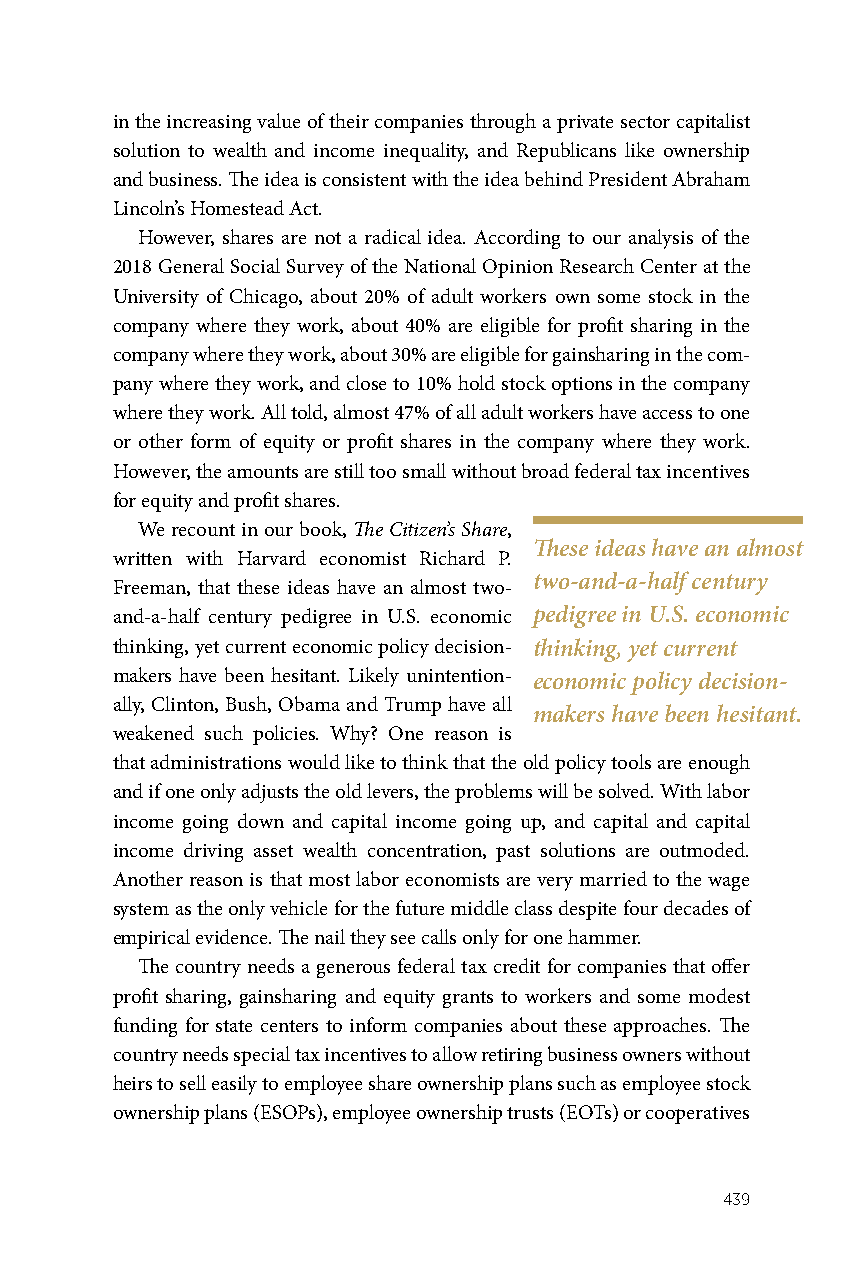
in the increasing value of their companies through a private sector capitalist
 solution to wealth and income inequality, and Republicans like ownership
 and business. The idea is consistent with the idea behind President Abraham
 Lincoln’s Homestead Act.
 However, shares are not a radical idea. According to our analysis of the
 2018 General Social Survey of the National Opinion Research Center at the
 University of Chicago, about 20% of adult workers own some stock in the
 company where they work, about 40% are eligible for profit sharing in the
 company where they work, about 30% are eligible for gainsharing in the com-
 pany where they work, and close to 10% hold stock options in the company
 where they work. All told, almost 47% of all adult workers have access to one
 or other form of equity or profit shares in the company where they work.
 However, the amounts are still too small without broad federal tax incentives
 for equity and profit shares.
 We recount in our book, The Citizen’s Share,
 These ideas have an almost
 written with Harvard economist Richard P.
 two-and-a-half century
 Freeman, that these ideas have an almost two-
 and-a-half century pedigree in U.S. economic pedigree in U.S. economic
 thinking, yet current economic policy decision- thinking, yet current
 makers have been hesitant. Likely unintention- economic policy decision-
 ally, Clinton, Bush, Obama and Trump have all
 makers have been hesitant.
 weakened such policies. Why? One reason is
 that administrations would like to think that the old policy tools are enough
 and if one only adjusts the old levers, the problems will be solved. With labor
 income going down and capital income going up, and capital and capital
 income driving asset wealth concentration, past solutions are outmoded.
 Another reason is that most labor economists are very married to the wage
 system as the only vehicle for the future middle class despite four decades of
 empirical evidence. The nail they see calls only for one hammer.
 The country needs a generous federal tax credit for companies that offer
 profit sharing, gainsharing and equity grants to workers and some modest
 funding for state centers to inform companies about these approaches. The
 country needs special tax incentives to allow retiring business owners without
 heirs to sell easily to employee share ownership plans such as employee stock
 ownership plans (ESOPs), employee ownership trusts (EOTs) or cooperatives
 439